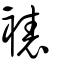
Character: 裱